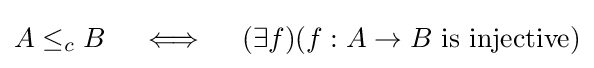
A\leq _{c}B\quad \iff \quad (\exists f)(f:A\to B\ \mathrm {is\ injective} )